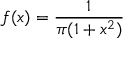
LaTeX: f ( x ) = { \frac { 1 } { \pi ( 1 + x ^ { 2 } ) } }